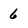
Character: 6